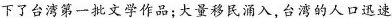
下了台湾第一批文学作品；大量移民涌入，台湾的人口迅速